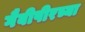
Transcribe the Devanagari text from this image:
गैबीपीरच्या